Document type: Sale
Year: 1290
Scribe: Miquel Rotllan
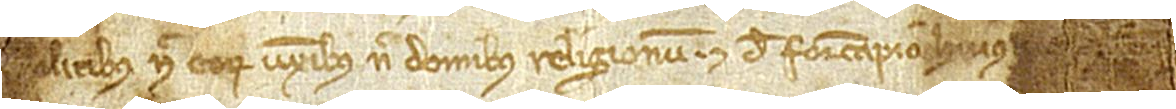
ilitibus nec eorum uxoribus nec domibus religionum. Et de foriscapio huius [vinee per pa-]